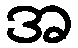
အ